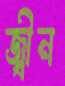
জ্বীন